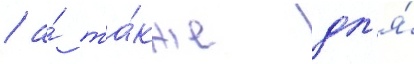
/ а́ та́кже дл'я́